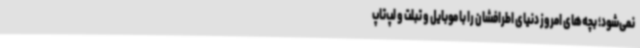
نمی‌شود؛ بچه‌های امروز دنیای اطرافشان را با موبایل و تبلت و لپ‌تاپ